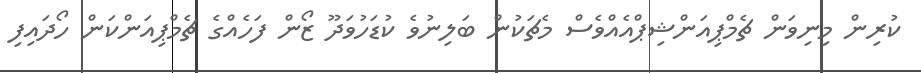
ކުރިން މިނިވަން ޗެމްޕިއަންޝިޕްއެއްވެސް މެޗަކުން ބަލިނުވެ ކުޑަހުވަދޫ ޒޯން ފަހެއްގެ ޗެމްޕިއަންކަން ހޯދައިފި